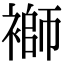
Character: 𧜂